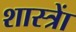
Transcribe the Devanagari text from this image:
शास्त्राें